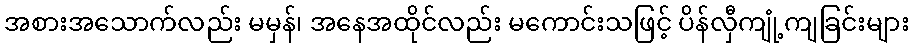
အစားအသောက်လည်း မမှန်၊ အနေအထိုင်လည်း မကောင်းသဖြင့် ပိန်လှီကျုံ့ကျခြင်းများ